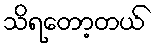
သိရတော့တယ်